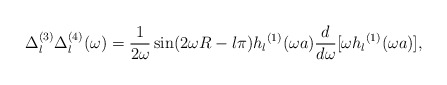
\begin{align*}\Delta_l^{(3)}\Delta_l^{(4)}(\omega)=\frac{1}{2\omega}\sin(2\omega R-l \pi) {h_l}^{(1)}(\omega a){d\over d\omega}[\omega{h_l}^{(1)}(\omega a)],\end{align*}